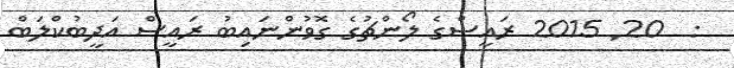
:  20